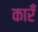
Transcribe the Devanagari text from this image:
कारँ